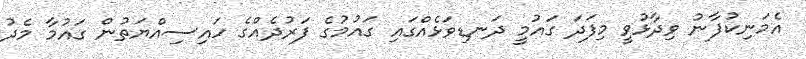
އެމަނިކުފާނު ވިދާޅުވީ މިފަދަ ގައުމީ ދަނޑިވަޅެއްގައި ގައުމުގެ ފަރުދެއްގެ ހައިސިއްޔަތުން ގައުމާ މެދު